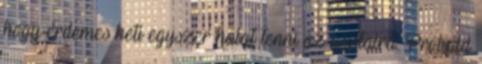
hogy érdemes heti egyszer halat tenni az asztalra. Próbáld